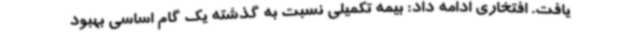
یافت. افتخاری ادامه داد: بیمه تکمیلی نسبت به گذشته یک گام اساسی بهبود